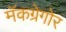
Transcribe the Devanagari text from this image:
मॅकग्रेगोर